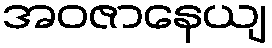
အဝဇာနေယျ